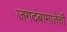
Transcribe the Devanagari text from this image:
जगदंबामातेची